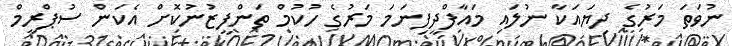
ނުވަތަ މަރުގެ ދިޔައަކާ ނުލައި މައާފްދީފިނަމަ މަރުގެ ހުކުމް ތަންފީޒުނުކޮށް އެކަން ސުޕްރީމް